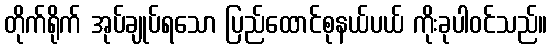
တိုက်ရိုက် အုပ်ချုပ်ရသော ပြည်ထောင်စုနယ်ပယ် ကိုးခုပါဝင်သည်။